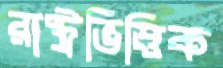
রাষ্ট্রভিত্তিক